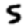
Digit: 5